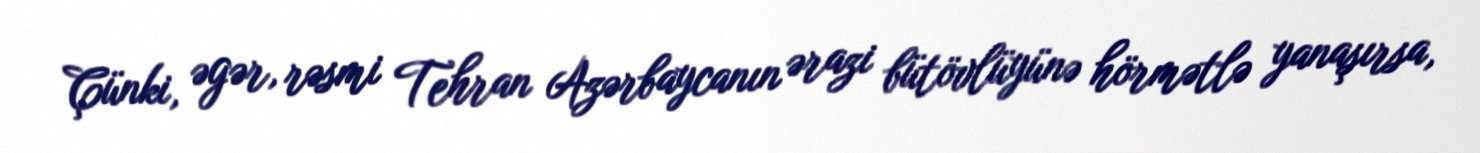
Çünki, əgər, rəsmi Tehran Azərbaycanın ərazi bütövlüyünə hörmətlə yanaşırsa,